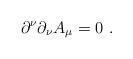
LaTeX: \begin{align*}\partial^\nu \partial_\nu A_{\mu}=0\,\,.\end{align*}